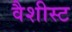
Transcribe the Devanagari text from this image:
वैशीस्ट